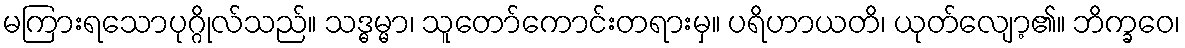
မကြားရသောပုဂ္ဂိုလ်သည်။ သဒ္ဓမ္မာ၊ သူတော်ကောင်းတရားမှ။ ပရိဟာယတိ၊ ယုတ်လျော့၏။ ဘိက္ခဝေ၊